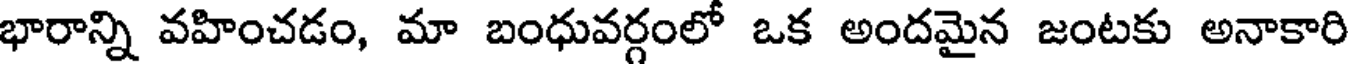
భారాన్ని వహించడం, మా బంధువర్గంలో ఒక అందమైన జంటకు అనాకారి